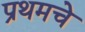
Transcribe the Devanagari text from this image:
प्रथमचे